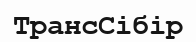
ТрансСібір